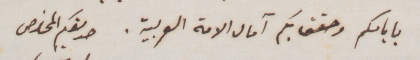
بايامكم وحقق بكم آمال الامة العربية. صديقكم المخلص